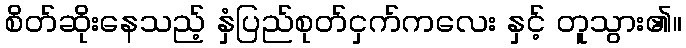
စိတ်ဆိုးနေသည့် နှံပြည်စုတ်ငှက်ကလေး နှင့် တူသွား၏။